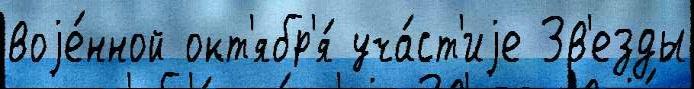
воjе́нной окт'ябр'я́ уча́ст'иjе Зв'езды